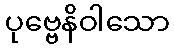
ပုဗ္ဗေနိဝါသော